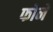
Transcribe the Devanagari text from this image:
फोने